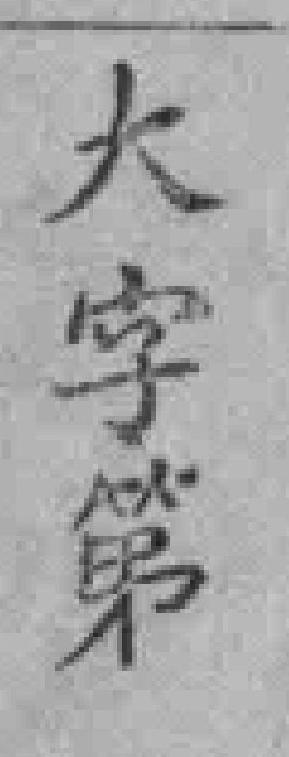
大字第